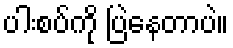
ပါးစပ်ကို ပြဲနေတာပဲ။